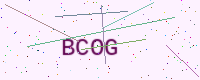
Text: BCOG